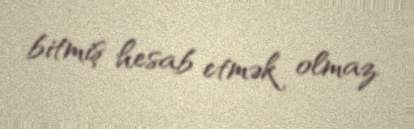
bitmiş hesab etmək olmaz.